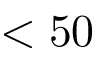
< 5 0